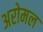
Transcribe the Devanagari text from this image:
अरोमल